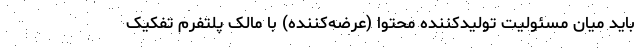
باید میان مسئولیت تولیدکننده محتوا (عرضه‌کننده) با مالک پلتفرم تفکیک